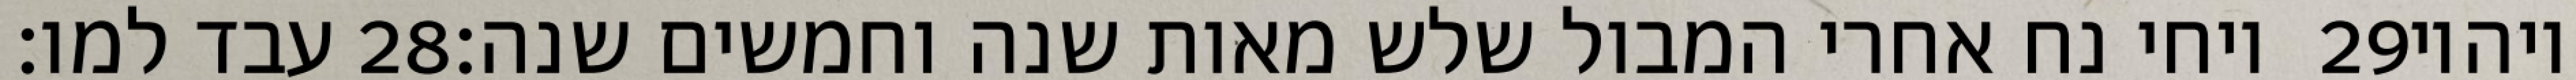
עבד למו׃ ‎28‏ ויחי נח אחרי המבול שלש מאות שנה וחמשים שנה׃ ‎29‏ ויהיו